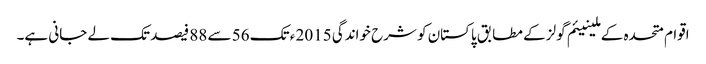
اقوام متحدہ کے ملینیئم گولز کے مطابق پاکستان کو شرح خواندگی 2015 ء تک 56 سے 88 فیصد تک لے جانی ہے۔